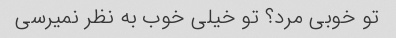
تو خوبی مرد؟ تو خیلی خوب به نظر نمیرسی